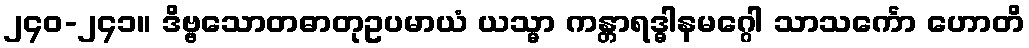
၂၄၀-၂၄၁။ ဒိဗ္ဗသောတဓာတုဥပမာယံ ယသ္မာ ကန္တာရဒ္ဓါနမဂ္ဂေါ သာသင်္ကော ဟောတိ